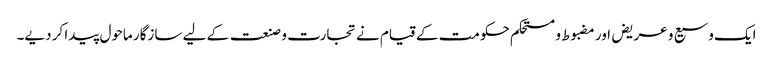
ایک وسیع و عریض اور مضبوط و مستحکم حکومت کے قیام نے تجارت و صنعت کے لیے سازگار ماحول پیدا کر دیے۔